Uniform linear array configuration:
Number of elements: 16
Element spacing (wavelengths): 0.5
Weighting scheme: hann
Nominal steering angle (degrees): -60
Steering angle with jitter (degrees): -59.011
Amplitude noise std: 0.05
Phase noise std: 0.05

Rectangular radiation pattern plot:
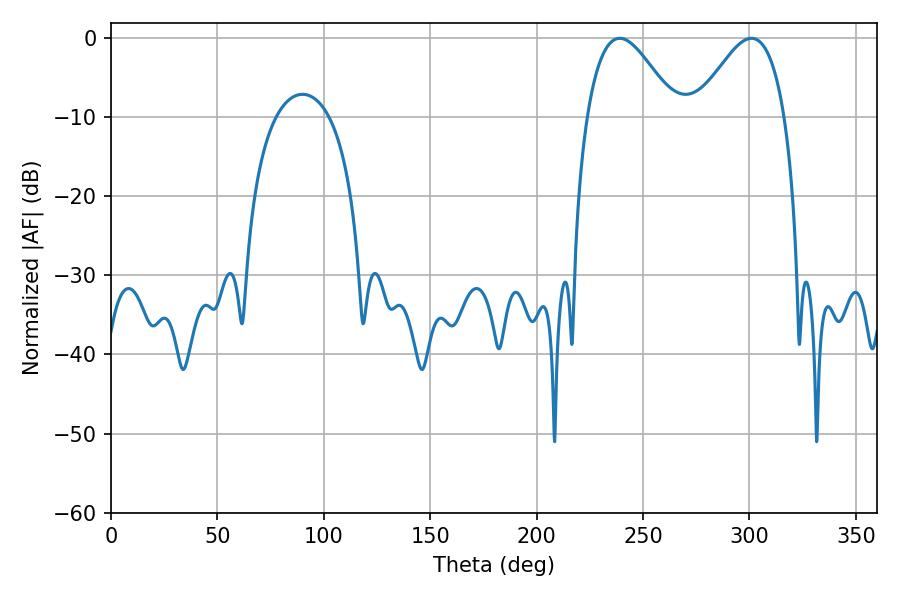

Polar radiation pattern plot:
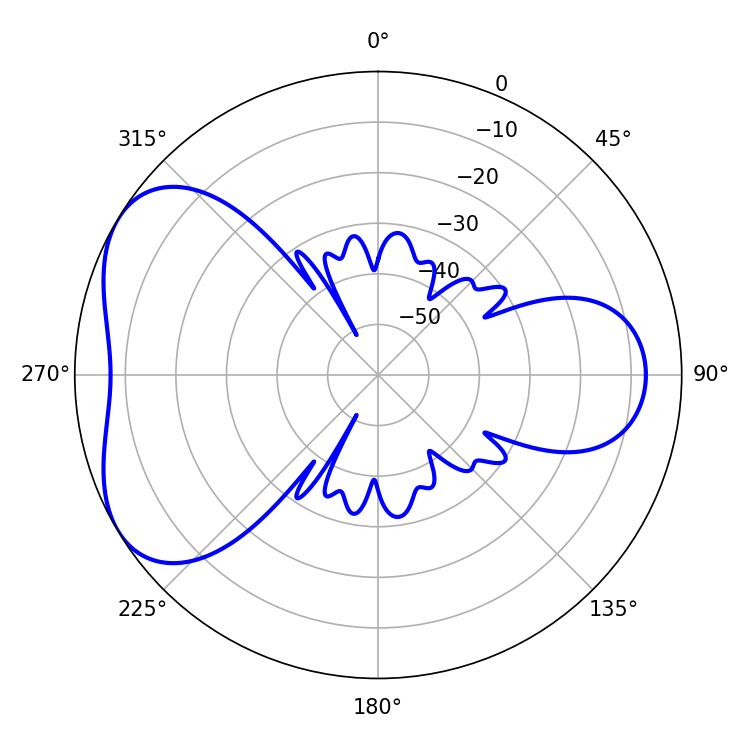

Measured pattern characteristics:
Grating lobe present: FALSE
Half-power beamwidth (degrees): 22.32
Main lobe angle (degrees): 239.04